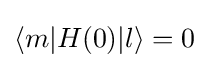
\langle m|H(0)|l\rangle =0